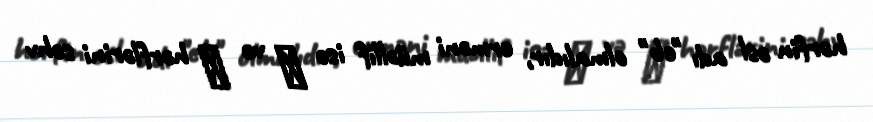
hərfin əsl adı "eb" olmalıdır, erməni müəllif isə Է və Ե hərflərini səhv